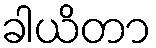
ခါယိတာ